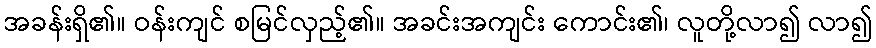
အခန်းရှိ၏။ ဝန်းကျင် စမြင်လှည့်၏။ အခင်းအကျင်း ကောင်း၏၊ လူတို့လာ၍ လာ၍